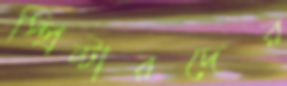
স্প্রিন্টারদের